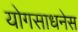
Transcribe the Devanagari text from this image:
योगसाधनेस